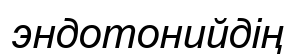
эндотонийдің